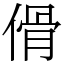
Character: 傦